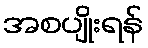
အစပျိုးရန်